Annual administration and progress report of the Indian Medical Department, Bombay
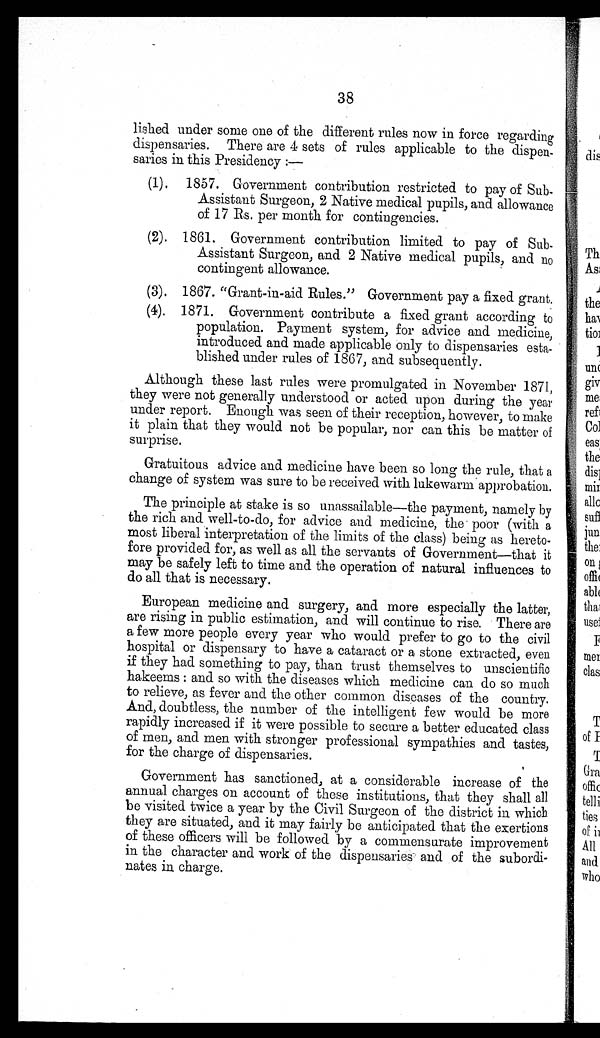
38
lished under some one of the different rules now in force regarding
dispensaries. There are 4 sets of rules applicable to the dispen-
saries in this Presidency :—
(1). 1857. Government contribution restricted to pay of Sub-
Assistant Surgeon, 2 Native medical pupils, and allowance
of 17 Rs. per month for contingencies.
(2). 1861. Government contribution limited to pay of Sub-
Assistant Surgeon, and 2 Native medical pupils, and no
contingent allowance.
(3). 1867. "Grant-in-aid Rules." Government pay a fixed grant.
(4). 1871. Government contribute a fixed grant according to
population. Payment system, for advice and medicine,
introduced and made applicable only to dispensaries esta-
blished under rules of 1867, and subsequently.
Although these last rules were promulgated in November 1871,
they were not generally understood or acted upon during the year
under report. Enough was seen of their reception, however, to make
it plain that they would not be popular, nor can this be matter of
surprise.
Gratuitous advice and medicine have been so long the rule, that a
change of system was sure to be received with lukewarm approbation.
The principle at stake is so unassailable—the payment, namely by
the rich and well-to-do, for advice and medicine, the poor (with a
most liberal interpretation of the limits of the class) being as hereto-
fore provided for, as well as all the servants of Government—that it
may be safely left to time and the operation of natural influences to
do all that is necessary.
European medicine and surgery, and more especially the latter,
are rising in public estimation, and will continue to rise. There are
a few more people every year who would prefer to go to the civil
hospital or dispensary to have a cataract or a stone extracted, even
if they had something to pay, than trust themselves to unscientific
hakeems : and so with the diseases which medicine can do so much
to relieve, as fever and the other common diseases of the country.
And, doubtless, the number of the intelligent few would be more
rapidly increased if it were possible to secure a better educated class
of men, and men with stronger professional sympathies and tastes,
for the charge of dispensaries.
Government has sanctioned, at a considerable increase of the
annual charges on account of these institutions, that they shall all
be visited twice a year by the Civil Surgeon of the district in which
they are situated, and it may fairly be anticipated that the exertions
of these officers will be followed by a commensurate improvement
in the character and work of the dispensaries and of the subordi-
nates in charge.